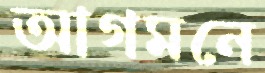
আগমনে